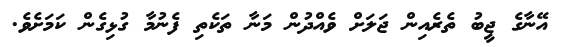
އޭނާގެ ޖީބު ތެރެއިން ޖަލަށް ވެއްދުން މަނާ ތަކެތި ފެނުމާ ގުޅިގެން ކަމަށެވެ.